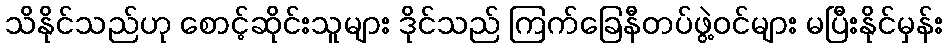
သိနိုင်သည်ဟု စောင့်ဆိုင်းသူများ ဒိုင်သည် ကြက်ခြေနီတပ်ဖွဲ့ဝင်များ မပြီးနိုင်မှန်း